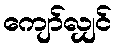
ကျော်လျှင်